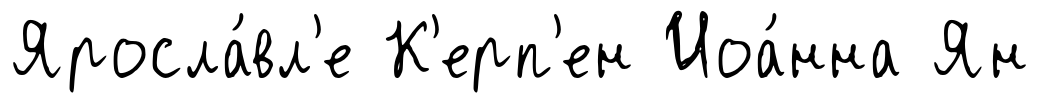
Яросла́вл'е К'ерп'ен Иоа́нна Ян